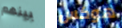
بينهم هوكس